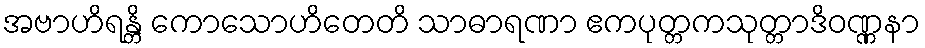
အဗာဟိရန္တိ ကောသောဟိတေတိ သာဓာရဏာ ဧကပုတ္တကသုတ္တာဒိဝဏ္ဏနာ